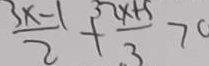
\frac { 3 x - 1 } { 2 } + \frac { 2 x + 5 } { 3 } > 0